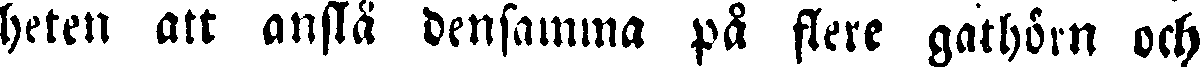
heten att anslå densamma på flere gathörn och